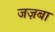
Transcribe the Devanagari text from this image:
जज़बा